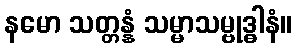
နမော သတ္တန္နံ သမ္မာသမ္ဗုဒ္ဓါနံ။